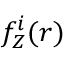
f _ { Z } ^ { i } ( r )